Report on the cholera epidemic of
Year: 1868
Disease focus: Cholera
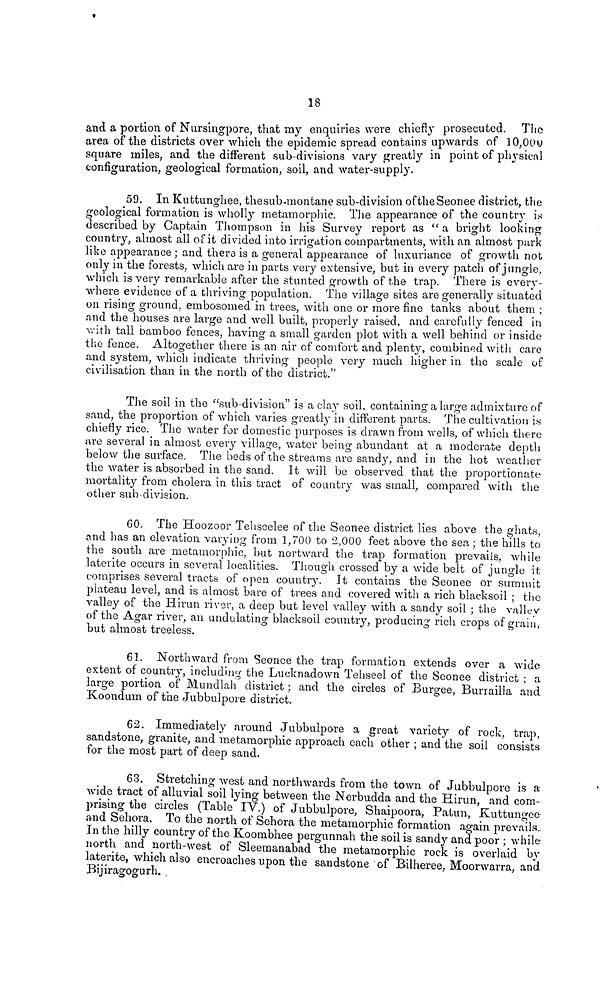
18
and a portion of Nursingpore, that my enquiries were chiefly prosecuted. The
area of the districts over which the epidemic spread contains upwards of 10,000
square miles, and the different sub-divisions vary greatly in point of physical
configuration, geological formation, soil, and water-supply.
59. In Kuttunghee, the sub-mon tan e sub-division of the Seonee district, the
geological formation is wholly metamorphic. The appearance of the country is
described by Captain Thompson in his Survey report as " a bright looking
country, almost all of it divided into irrigation compartments, with an almost park-
like appearance ; and there is a general appearance of luxuriance of growth not
only in the forests, which are in parts very extensive, but in every patch of jungle,
which is very remarkable after the stunted growth of the trap. There is every-
where evidence of a thriving population. The village sites are generally situated
on rising ground, embosomed in trees, with one or more fine tanks about them ;
and the houses are large and well built, properly raised, and carefully fenced in
with tall bamboo fences, having a small garden plot with a well behind or inside
the fence. Altogether there is an air of comfort and plenty, combined with care
and system, which indicate thriving people very much higher in the scale of
civilisation than in the north of the district."
The soil in the "sub-division" is a clay soil, containing a large admixture of
sand, the proportion of which varies greatly in different parts. The cultivation is
chiefly rice. The water for domestic purposes is drawn from wells, of which there
are several in almost every village, water being abundant at a moderate depth
below the surface. The beds of the streams are sandy, and in the hot weather
the water is absorbed in the sand. It will be observed that the proportionate
mortality from cholera in this tract of country was small, compared with the
other sub-division.
60. The Hoozoor Tehsoelee of the Seonee district lies above the ghats,
and has an elevation varying from 1,700 to 2,000 feet above the sea ; the hills to
the south are metamorphic, but nortward the trap formation prevails, while
latérite occurs in several localities. Though crossed by a wide belt of jungle it
comprises several tracts of open country. It contains the Seonee or summit
plateau level, and is almost bare of trees and covered with a rich blacksoil ; the
valley of the Hirun river, a deep but level valley with a sandy soil ; the valley
of the Agar river, an undulating blacksoil country, producing rich crops of grain,
but almost treeless.
61. Northward from Seonee the trap formation extends over a wide
extent of country, including the Lucknadown Tehseel of the Seonee district ; a
large portion of Mundlah district : and the circles of Burgee, Burrailla and
Koondum of the Jubbulpore district.
62. Immediately around Jubbulpore a great variety of rock, trap,
sandstone, granite, and metamorphic approach each other ; and the soil consists
for the most part of deep sand.
63. Stretching west and northwards from the town of Jubbulpore is a
wide tract of alluvial soil lying between the Nerbudda and the Hirun, and com-
prising the circles (Table IV) of Jubbulpore, Shaipoora, Patun, Kuttungee
and Sehora. To the north of Sehora the metamorphic formation again prevails.
In the hilly country of the Koombhee pergunnah the soil is sandy and poor ; while
north and north-west of Sleemanabad the metamorphic rock is overlaid by
latérite, which also encroaches upon the sandstone of Bilheree, Moorwarra, and
Bijiragogurh.